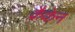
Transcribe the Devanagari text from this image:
क्रैकेन